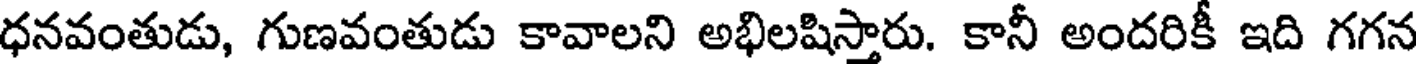
ధనవంతుడు, గుణవంతుడు కావాలని అభిలషిస్తారు. కానీ అందరికీ ఇది గగన